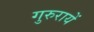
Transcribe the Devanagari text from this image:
गुरुरायें